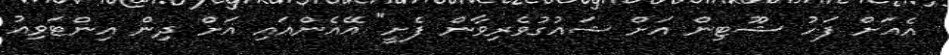
އެއަށް ފަހު ޝޫޓިން އަށް ޝައުގުވެރިވާން ފެށީ" އޭއެންއައި އަށް ދިން އިންޓަވިއު